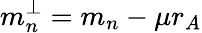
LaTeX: m_{n}^{\perp}=m_{n}-\mu r_{A}